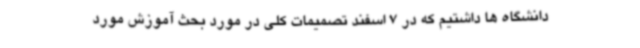
دانشگاه ها داشتیم که در 7 اسفند تصمیمات کلی در مورد بحث آموزش مورد